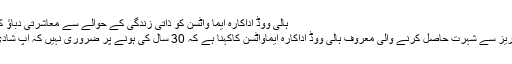
ہالی ووڈ اداکارہ ایما واٹسن کو ذاتی زندگی کے حوالے سے معاشرتی دباؤ کا سامنا – Free Hand News
لندن(فری ہینڈ نیوز) ہیری پوٹر سیریز سے شہرت حاصل کرنے والی معروف ہالی ووڈ اداکارہ ایماواٹسن کاکہنا ہے کہ 30 سال کی ہونے پر ضروری نہیں کہ آپ شادی شدہ یا مالی طور پرمستحکم ہوں۔